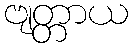
ဗျတ္တာယ